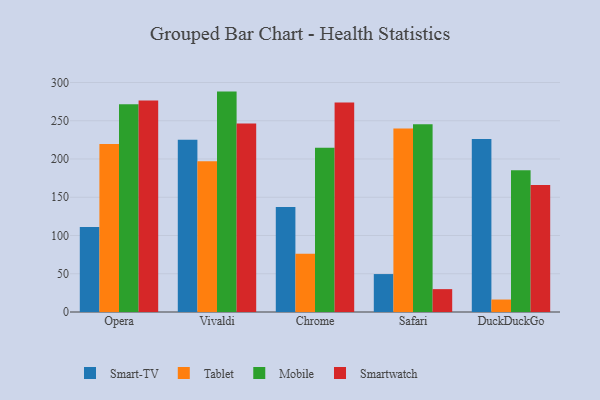
{"axis": {"x": "Browser", "y": "Website Visitors"}, "legend": ["Mobile", "Smart-TV", "Smartwatch", "Tablet"], "data": [{"x": "Opera", "y": 111.2, "type": "Smart-TV"}, {"x": "Opera", "y": 219.6, "type": "Tablet"}, {"x": "Opera", "y": 271.6, "type": "Mobile"}, {"x": "Opera", "y": 276.4, "type": "Smartwatch"}, {"x": "Vivaldi", "y": 225.3, "type": "Smart-TV"}, {"x": "Vivaldi", "y": 197.2, "type": "Tablet"}, {"x": "Vivaldi", "y": 288.1, "type": "Mobile"}, {"x": "Vivaldi", "y": 246.5, "type": "Smartwatch"}, {"x": "Chrome", "y": 137.1, "type": "Smart-TV"}, {"x": "Chrome", "y": 76.0, "type": "Tablet"}, {"x": "Chrome", "y": 214.6, "type": "Mobile"}, {"x": "Chrome", "y": 274.0, "type": "Smartwatch"}, {"x": "Safari", "y": 49.6, "type": "Smart-TV"}, {"x": "Safari", "y": 239.9, "type": "Tablet"}, {"x": "Safari", "y": 245.4, "type": "Mobile"}, {"x": "Safari", "y": 29.9, "type": "Smartwatch"}, {"x": "DuckDuckGo", "y": 226.1, "type": "Smart-TV"}, {"x": "DuckDuckGo", "y": 16.3, "type": "Tablet"}, {"x": "DuckDuckGo", "y": 185.3, "type": "Mobile"}, {"x": "DuckDuckGo", "y": 165.9, "type": "Smartwatch"}]}